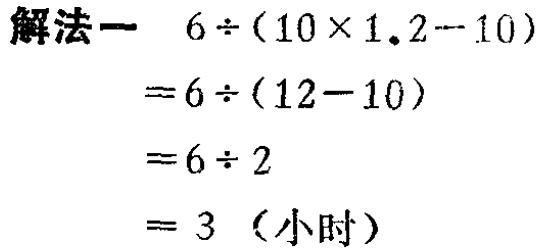
\[

\begin{align*}

&6\div(10\times1.2 - 10)\\

=&6\div(12 - 10)\\

=&6\div2\\

=&3 \text{（小时）}

\end{align*}

\]